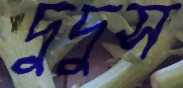
দুদুস